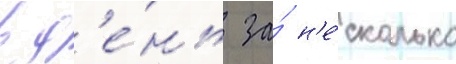
в д'е́нь за́ н'е́сколько